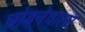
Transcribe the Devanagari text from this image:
छोडनेवाला